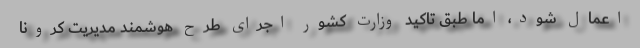
اعمال شود، اما طبق تاکید وزارت کشور اجرای طرح هوشمند مدیریت کرونا